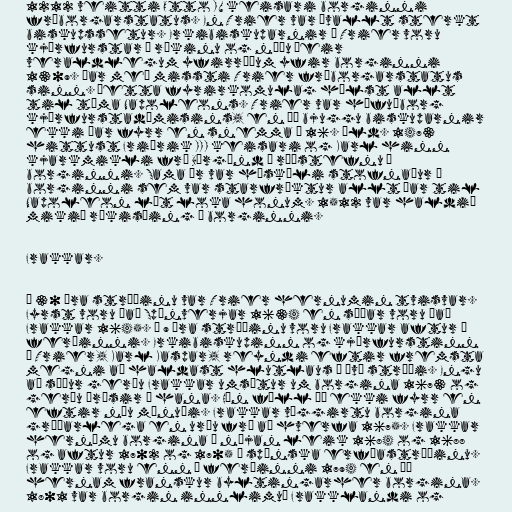
1212 veitti Otto IV keisari borginni
fríborgarstatus. En Trier var ávallt sterkt
biskupssetur. Erkibiskuparnir í Trier voru
kjörfurstar í ríkinu og náðu þeir
veraldlegum yfirráðum yfir borginni
1309. Þar með missti Trier fríborgarstatus
sinn. Þetta fyrirkomulag hélst allt
til tíma Napoleons. Trier var höfuðborg
kjörfurstadæmisins, en þó bjuggu biskuparnir
ekki þar fyrr en snemma á 16. öld. 1473
hittust Friðrik III keisari og Karl hinn
kjarkmikli frá Búrgúnd á ráðstefnu í
borginni. Sama ár var háskóli stofnaður í
borginni sem var starfræktur allt þar til
Napoleon lét loka honum. 1512 var haldið
mikið ríkisþing í borginni.

Frakkar.

Í 30 ára stríðinu var Trier hernumin tvisvar.
Fyrst voru það Spánverjar 1634 en síðar voru það
Frakkar 1645. Í 9 ára stríðinu voru Frakkar aftur á
ferðinni. Erkibiskupinn og kjörfurstinn
í Trier, Karl Kaspar, reyndi eftir fremsta
megni að haldast hlutlaus í því stríði. Engu
að síður gerðu Frakkar umsátur um borgina 1673 og
gerðu árásir á hana. Hún féll þó ekki fyrr en
eftir níu mánuði. Frakkar víggirtu borgina
gríðarlega en urðu frá að hverfa 1675. Frakkar
hernámu borgina á nýjan leik 1684 og 1688
og aftur 1702 og 1705 í spænska erfðastríðinu.
Frakkar voru enn á ferðinni 1794 en þá
hernam franskur byltingarher borgina.
1801 var borgin innlimuð Frakklandi og